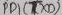
Text: PB1